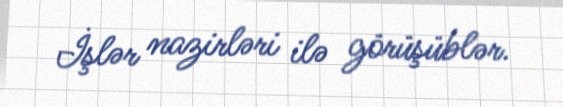
İşlər nazirləri ilə görüşüblər.